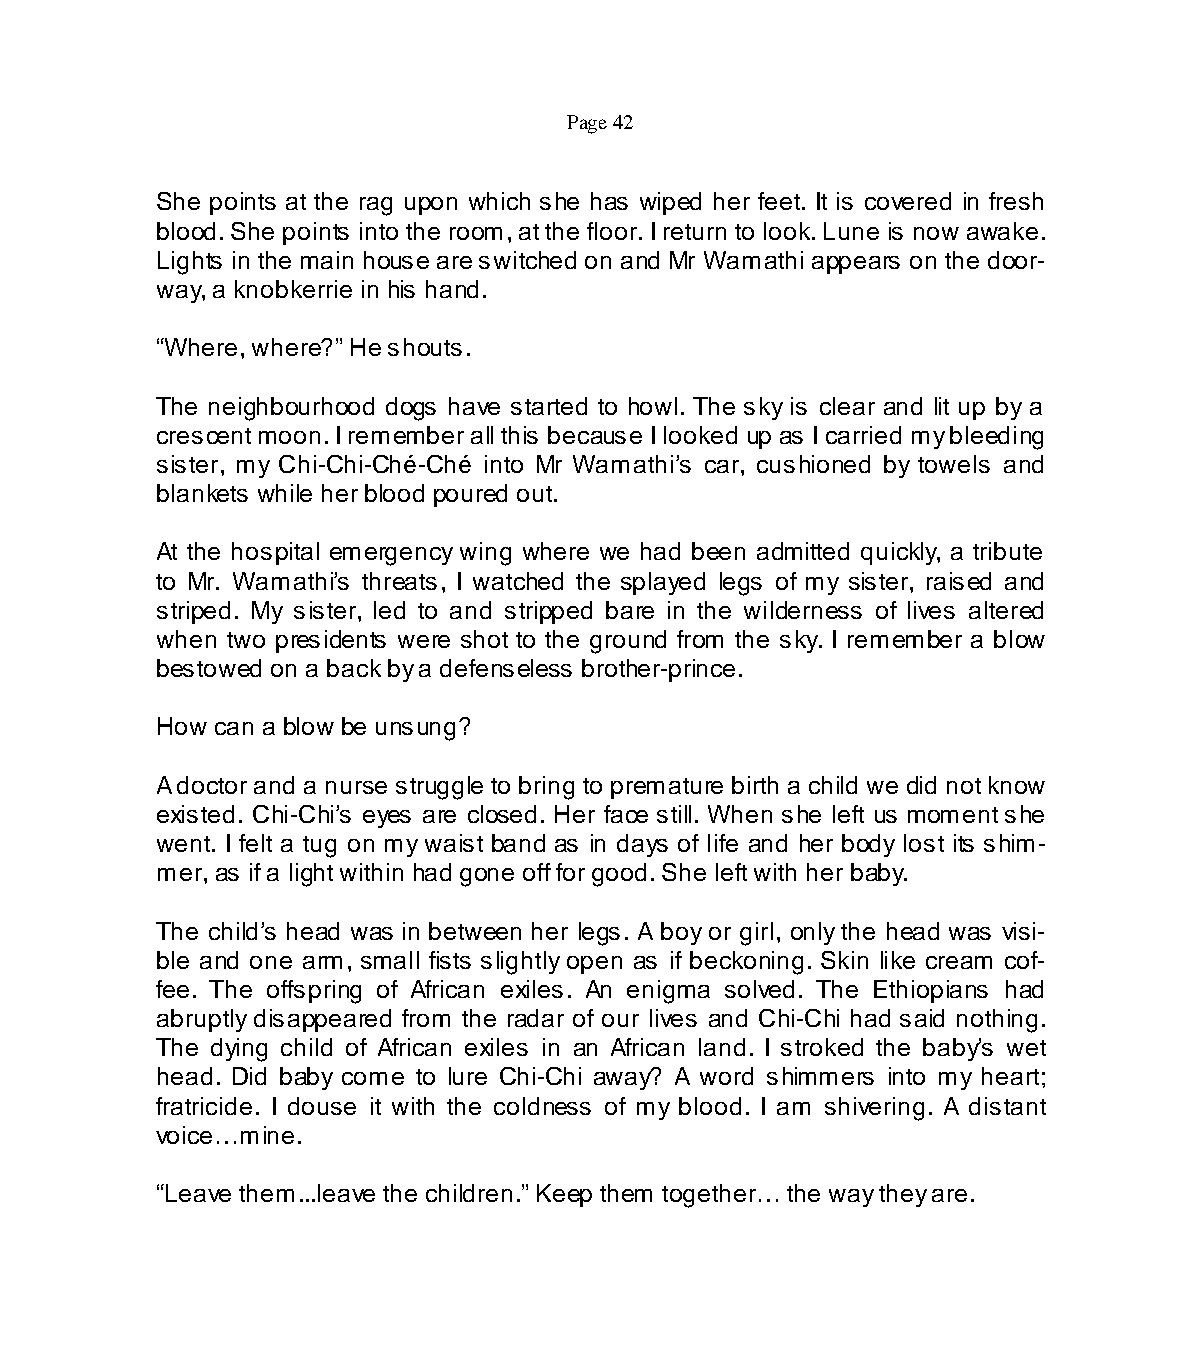
Page 42
 She points at the rag upon which she has wiped her feet. It is covered in fresh
 blood. She points into the room, at the floor. I return to look. Lune is now awake.
 Lights in the main house are switched on and Mr Wamathi appears on the door-
 way, a knobkerrie in his hand.
 “Where, where?” He shouts.
 The neighbourhood dogs have started to howl. The sky is clear and lit up by a
 crescent moon. I remember all this because I looked up as I carried my bleeding
 sister, my Chi-Chi-Ché-Ché into Mr Wamathi’s car, cushioned by towels and
 blankets while her blood poured out.
 At the hospital emergency wing where we had been admitted quickly, a tribute
 to Mr. Wamathi’s threats, I watched the splayed legs of my sister, raised and
 striped. My sister, led to and stripped bare in the wilderness of lives altered
 when two presidents were shot to the ground from the sky. I remember a blow
 bestowed on a back by a defenseless brother-prince.
 How can a blow be unsung?
 A doctor and a nurse struggle to bring to premature birth a child we did not know
 existed. Chi-Chi’s eyes are closed. Her face still. When she left us moment she
 went. I felt a tug on my waist band as in days of life and her body lost its shim-
 mer, as if a light within had gone off for good. She left with her baby.
 The child’s head was in between her legs. A boy or girl, only the head was visi-
 ble and one arm, small fists slightly open as if beckoning. Skin like cream cof-
 fee. The offspring of African exiles. An enigma solved. The Ethiopians had
 abruptly disappeared from the radar of our lives and Chi-Chi had said nothing.
 The dying child of African exiles in an African land. I stroked the baby’s wet
 head. Did baby come to lure Chi-Chi away? A word shimmers into my heart;
 fratricide. I douse it with the coldness of my blood. I am shivering. A distant
 voice…mine.
 “Leave them...leave the children.” Keep them together… the way they are.